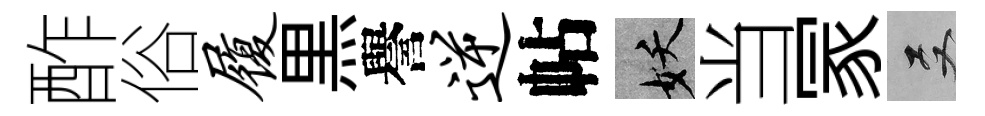
酢俗履黒譽逆帖妖当冡双